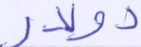
دولار